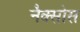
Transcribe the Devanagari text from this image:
नैक्सोस